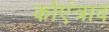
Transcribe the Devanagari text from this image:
कोएंत्राव